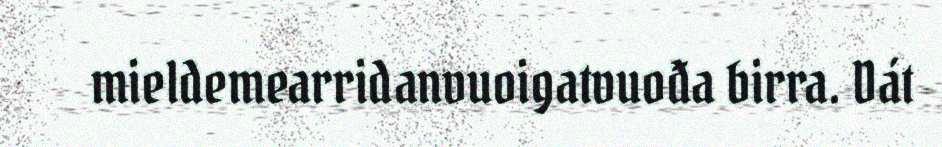
mieldemearridanvuoigatvuođa birra. Dát